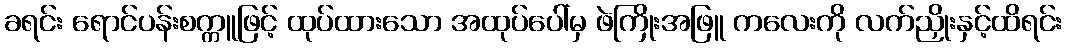
ခရင်း ရောင်ပန်းစက္ကူဖြင့် ထုပ်ထားသော အထုပ်ပေါ်မှ ဖဲကြိုးအဖြူ ကလေးကို လက်ညှိုးနှင့်ထိရင်း